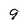
Character: 9